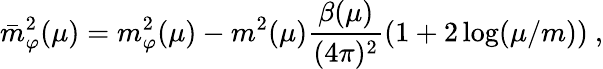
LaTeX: \bar{m}_{\varphi}^{2}(\mu)=m_{\varphi}^{2}(\mu)-m^{2}(\mu)\frac{\beta(\mu)}{(4\pi)^{2}}(1+2\log(\mu/m))\ ,